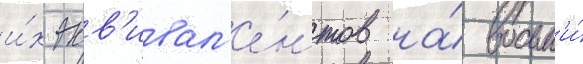
и́х экв'ивал'е́нтов на́ восьм'и́